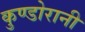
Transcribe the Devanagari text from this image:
कुण्‍डोरानी